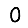
Digit: 0